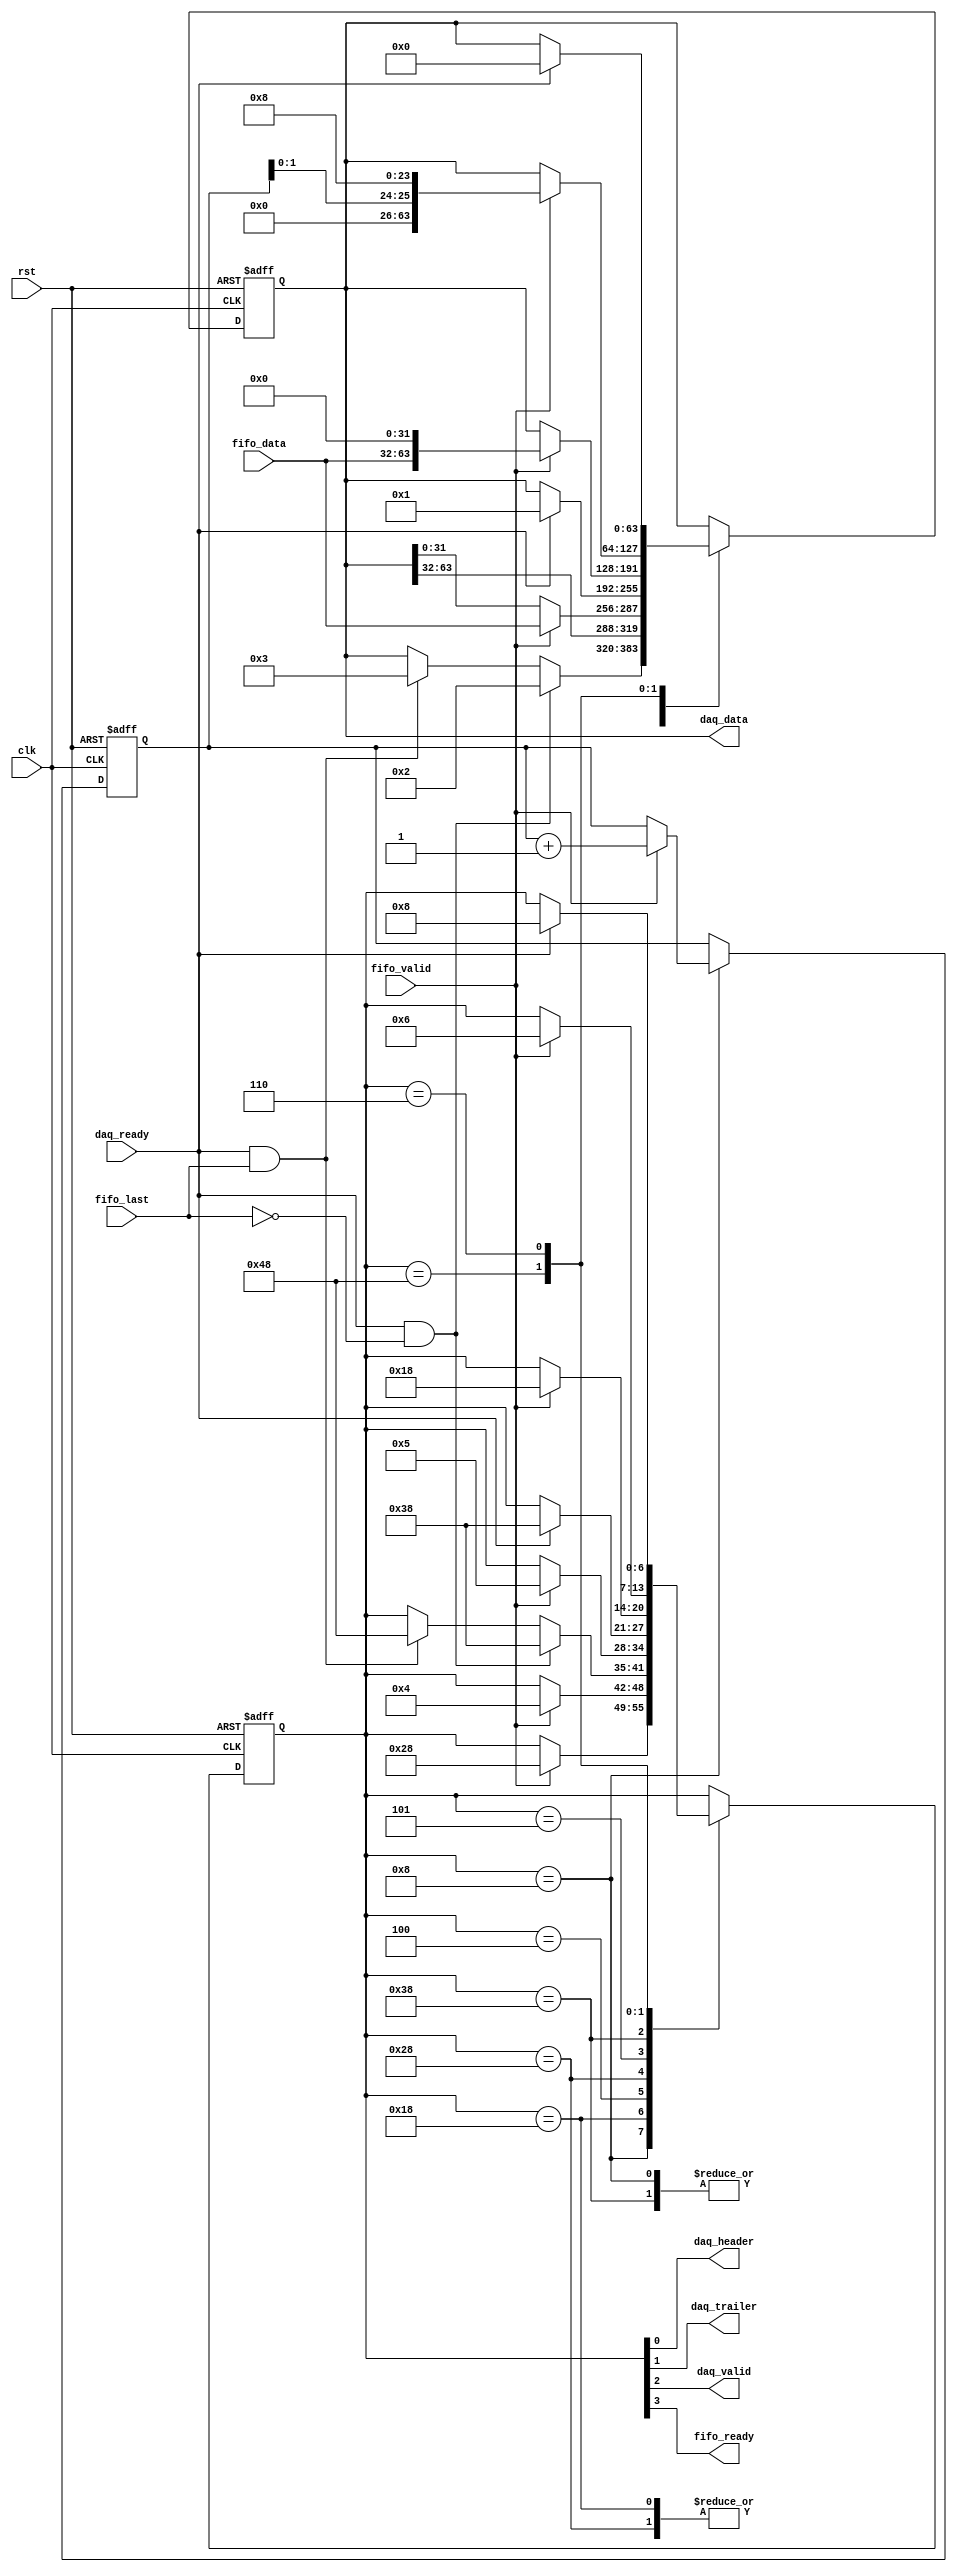

// Created by fizzim.pl version $Revision: 4.44 on 2014:06:17 at 10:11:38 (www.fizzim.com)

module simpleDataTransfer (
  output reg [63:0] daq_data,
  output wire daq_header,
  output wire daq_trailer,
  output wire daq_valid,
  output wire fifo_ready,
  input wire clk,
  input wire daq_ready,
  input wire [31:0] fifo_data,
  input wire fifo_last,
  input wire fifo_valid,
  input wire rst 
);

  // state bits
  parameter 
  READY_HEADER  = 7'b0001000, // extra=000 fifo_ready=1 daq_valid=0 daq_trailer=0 daq_header=0 
  DATA1         = 7'b0011000, // extra=001 fifo_ready=1 daq_valid=0 daq_trailer=0 daq_header=0 
  DATA2         = 7'b0000100, // extra=000 fifo_ready=0 daq_valid=1 daq_trailer=0 daq_header=0 
  HEADER1       = 7'b0101000, // extra=010 fifo_ready=1 daq_valid=0 daq_trailer=0 daq_header=0 
  HEADER2       = 7'b0000101, // extra=000 fifo_ready=0 daq_valid=1 daq_trailer=0 daq_header=1 
  READY_DATA    = 7'b0111000, // extra=011 fifo_ready=1 daq_valid=0 daq_trailer=0 daq_header=0 
  READY_TRAILER = 7'b1001000, // extra=100 fifo_ready=1 daq_valid=0 daq_trailer=0 daq_header=0 
  SEND_TRAILER  = 7'b0000110; // extra=000 fifo_ready=0 daq_valid=1 daq_trailer=1 daq_header=0 

  reg [6:0] state;
  reg [6:0] nextstate;
  reg [23:0] trig_num;
  reg [63:0] next_daq_data;
  reg [23:0] next_trig_num;

  // comb always block
  always @* begin
    nextstate = state; // default to hold value because implied_loopback is set
    next_daq_data[63:0] = daq_data[63:0];
    next_trig_num[23:0] = trig_num[23:0];
    case (state)
      READY_HEADER : begin
        if (fifo_valid) begin
          nextstate = HEADER1;
          next_daq_data[63:0] = {fifo_data[31:0],32'h00000000};
          next_trig_num[23:0] = trig_num[23:0]+1;
        end
      end
      DATA1        : begin
        if (fifo_valid) begin
          nextstate = DATA2;
          next_daq_data[63:0] = {daq_data[63:32],fifo_data[31:0]};
        end
      end
      DATA2        : begin
        // Warning P3: State DATA2 has multiple exit transitions, and transition trans5 has no defined priority 
        // Warning P3: State DATA2 has multiple exit transitions, and transition trans6 has no defined priority 
        if (daq_ready && !fifo_last) begin
          nextstate = READY_DATA;
          next_daq_data[63:0] = 2;
        end
        else if (daq_ready && fifo_last) begin
          nextstate = READY_TRAILER;
          next_daq_data[63:0] = 3;
        end
      end
      HEADER1      : begin
        if (fifo_valid) begin
          nextstate = HEADER2;
          next_daq_data[63:0] = {daq_data[63:32],fifo_data[31:0]};
        end
      end
      HEADER2      : begin
        if (daq_ready) begin
          nextstate = READY_DATA;
          next_daq_data[63:0] = 1;
        end
      end
      READY_DATA   : begin
        if (fifo_valid) begin
          nextstate = DATA1;
          next_daq_data[63:0] = {fifo_data[31:0],32'h00000000};
        end
      end
      READY_TRAILER: begin
        if (fifo_valid) begin
          nextstate = SEND_TRAILER;
          next_daq_data[63:0] = {32'h00000000,{trig_num[1:0],24'h000008}};
        end
      end
      SEND_TRAILER : begin
        if (daq_ready) begin
          nextstate = READY_HEADER;
          next_daq_data[63:0] = 0;
        end
      end
    endcase
  end

  // Assign reg'd outputs to state bits
  assign daq_header = state[0];
  assign daq_trailer = state[1];
  assign daq_valid = state[2];
  assign fifo_ready = state[3];

  // sequential always block
  always @(posedge clk or posedge rst) begin
    if (rst) begin
      state <= READY_HEADER;
      daq_data[63:0] <= 0;
      trig_num[23:0] <= 0;
      end
    else begin
      state <= nextstate;
      daq_data[63:0] <= next_daq_data[63:0];
      trig_num[23:0] <= next_trig_num[23:0];
      end
  end

  // This code allows you to see state names in simulation
  `ifndef SYNTHESIS
  reg [103:0] statename;
  always @* begin
    case (state)
      READY_HEADER :
        statename = "READY_HEADER";
      DATA1        :
        statename = "DATA1";
      DATA2        :
        statename = "DATA2";
      HEADER1      :
        statename = "HEADER1";
      HEADER2      :
        statename = "HEADER2";
      READY_DATA   :
        statename = "READY_DATA";
      READY_TRAILER:
        statename = "READY_TRAILER";
      SEND_TRAILER :
        statename = "SEND_TRAILER";
      default      :
        statename = "XXXXXXXXXXXXX";
    endcase
  end
  `endif

endmodule